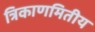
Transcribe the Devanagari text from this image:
त्रिकाणमितीय